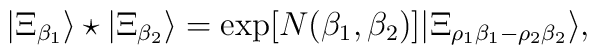
| \Xi_{\beta_1} \rangle \star | \Xi_{\beta_2} \rangle= \exp\bigl[N(\beta_1, \beta_2)\bigr]| \Xi_{\rho_1 \beta_1 - \rho_2 \beta_2} \rangle,